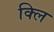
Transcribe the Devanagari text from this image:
क्लि